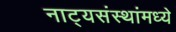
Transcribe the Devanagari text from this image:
नाट्यसंस्थांमध्ये